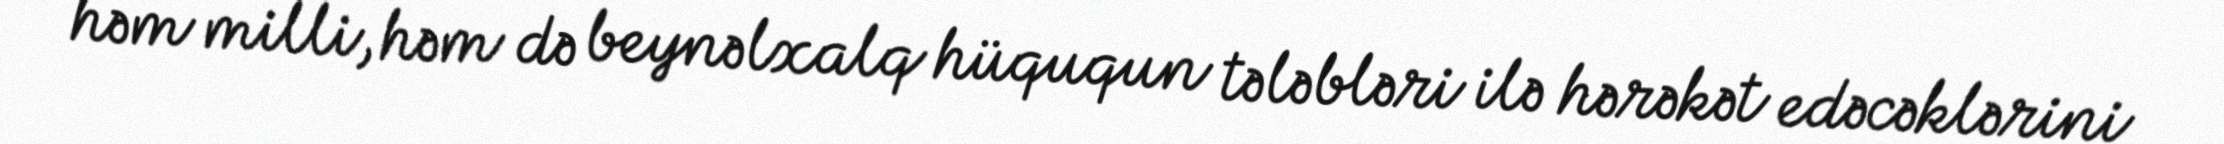
həm milli, həm də beynəlxalq hüququn tələbləri ilə hərəkət edəcəklərini